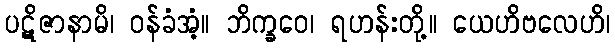
ပဋိဇာနာမိ၊ ဝန်ခံအံ့။ ဘိက္ခဝေ၊ ရဟန်းတို့။ ယေဟိဗလေဟိ၊